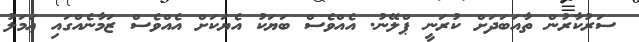
ސަރުކާރުން ތާއަބަދަށް ކުރަނީ ޕްލޭނު. އެއްވެސް ބަޔަކު އެޔަކަށް އެއްވެސް ޒަމާނެއްގައި ޢަމަލު